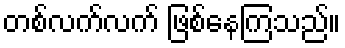
တစ်လက်လက် ဖြစ်နေကြသည်။